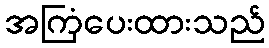
အကြံပေးထားသည်